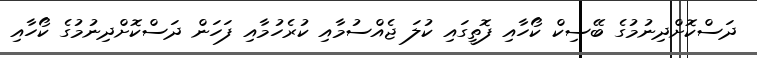
ދަސްކޮށްދިނުމުގެ ބޭސިކް ކޯހާއި ފޮތީގައި ކުލަ ޖެއްސުމާއި ކުރެހުމާއި ފަހަން ދަސްކޮށްދިނުމުގެ ކޯހާއި